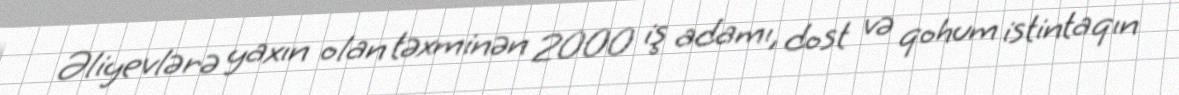
Əliyevlərə yaxın olan təxminən 2000 iş adamı, dost və qohum istintaqın